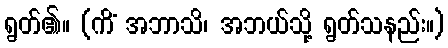
ရွတ်၏။ (ကိံ အဘာသိ၊ အဘယ်သို့ ရွတ်သနည်း။)